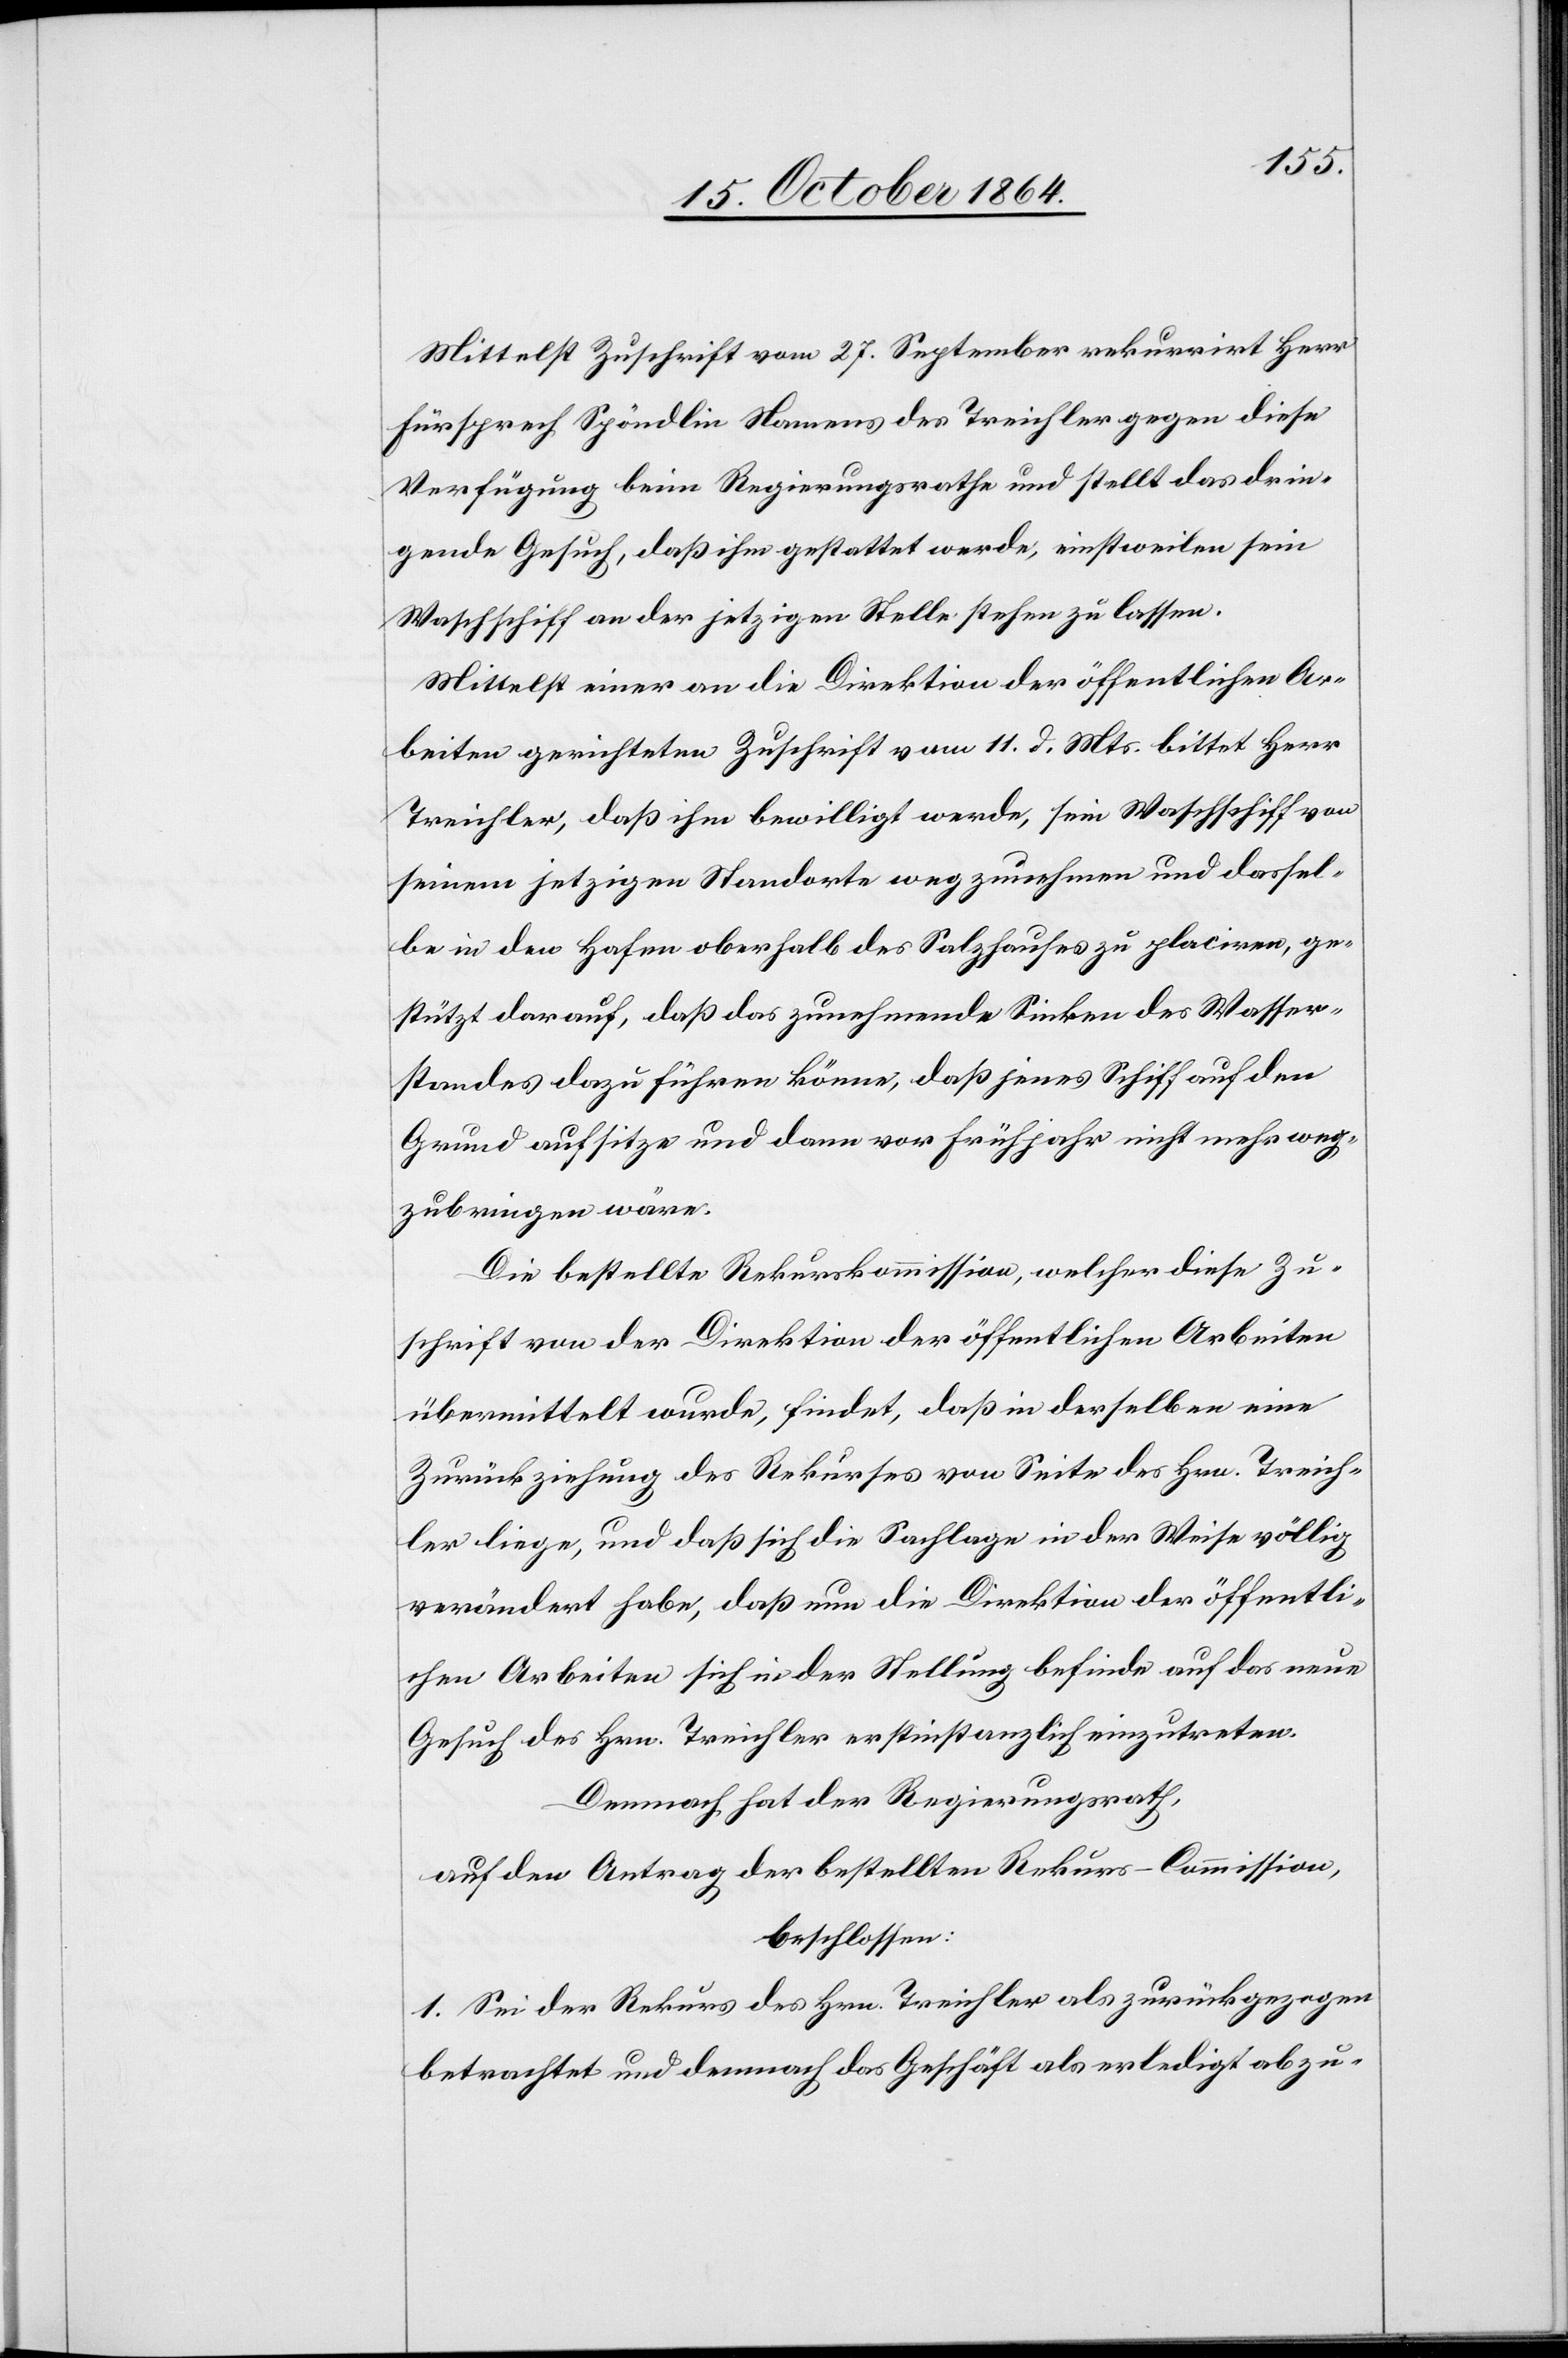
Mittelst Zuschrift vom 25. September rekurrirt Herr
Fürsprech Spöndlin Namens des Treichler gegen diese
Verfügung beim Regierungsrathe und stellt das drin¬
gende Gesuch, daß ihm gestattet werde, einstweilen sein
Waschschiff an der jetzigen Stelle stehen zu lassen.
Mittelst einer an die Direktion der öffentlichen Ar¬
beiten gerichteten Zuschrift vom 11. d. Mts. bittet Herr
Treichler, daß ihm bewilligt werde, sein Waschschiff von
seinem jetzigen Standorte wegzunehmen und dassel¬
be in den Hafen oberhalb des Salzhauses zu placiren, ge¬
stützt darauf, daß das zunehmende Sinken des Wasser¬
standes dazu führen könne, daß jenes Schiff auf den
Grund aufsitze und dann vor Frühjahr nicht mehr weg¬
zubringen wäre.
Die bestellte Rekurskommission, welcher diese Zu¬
schrift von der Direktion der öffentlichen Arbeiten
übermittelt wurde, findet, daß in derselben eine
Zurückziehung des Rekurses von Seite des Hrn. Treich¬
ler liege, und daß sich die Sachlage in der Weise völlig
verändert habe, daß nun die Direktion der öffentli¬
chen Arbeiten sich in der Stellung befinde auf das neue
Gesuch des Hrn. Treichler erstinstanzlich einzutreten.
Demnach hat der Regierungsrath,
auf den Antrag der bestellten Rekurs-Commission,
beschlossen:
1. Sei der Rekurs des Hrn. Treichler als zurückgezogen
betrachtet und demnach das Geschäft als erledigt abzu-